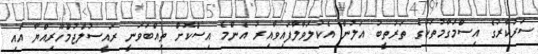
ސަރުކާރުގެ އިސްމަގާމުތަކުގެ ތަރުތީބު އަލުން އެކުލަވާލާފައިވާއިރު އެންމެ އިސްކޮށް ތިއްބަވަނީ ރައީސުލްޖުމްހޫރިއްޔާ އާއި